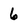
Character: 6